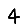
Digit: 4